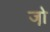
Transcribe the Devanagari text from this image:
जो़